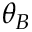
\theta _ { B }